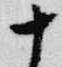
十